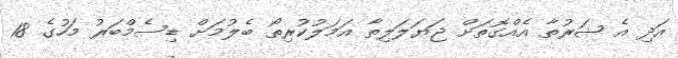
އަދި އެ ޝަރުތާ އެއްގޮތަށް ޖަޔަލަލިތާ އަމަލުކުރިތޯ ބެލުމަށް ޑިސެމްބަރު މަހުގެ 18